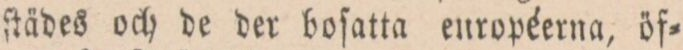
ſtädes och de der boſatta européerna, öf=